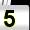
Digit: 5